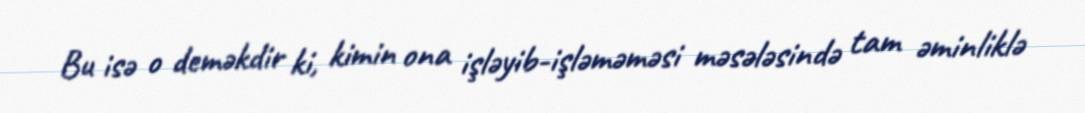
Bu isə o deməkdir ki, kimin ona işləyib-işləməməsi məsələsində tam əminliklə